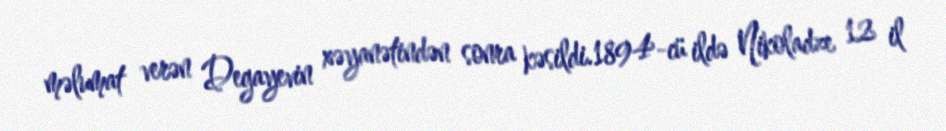
məlumat verən Degayevin xəyanətindən sonra kəsildi.1894-cü ildə Nikoladze 12 il